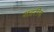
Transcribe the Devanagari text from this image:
शहरीय